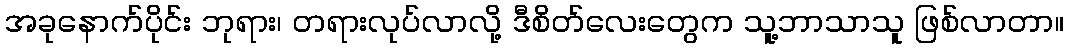
အခုနောက်ပိုင်း ဘုရား၊ တရားလုပ်လာလို့ ဒီစိတ်လေးတွေက သူ့ဘာသာသူ ဖြစ်လာတာ။